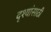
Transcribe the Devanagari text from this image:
दृश्यांसाठी